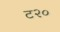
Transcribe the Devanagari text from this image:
ट२०